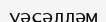
уәсәлләм